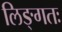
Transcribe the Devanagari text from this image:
लिङ्गतः